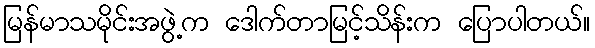
မြန်မာသမိုင်းအဖွဲ့က ဒေါက်တာမြင့်သိန်းက ပြောပါတယ်။